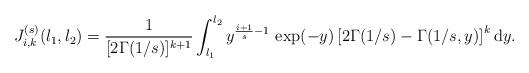
LaTeX: \begin{align*}J_{i,k}^{(s)}(l_1,l_2)&=\frac{1}{[2\Gamma(1/s)]^{k+1}}\int_{l_1}^{l_2}y^{\frac{i+1}{s}-1}\,\exp(-y)\left[2\Gamma(1/s)-\Gamma(1/s,y)\right]^k\mathrm{d}y.\end{align*}